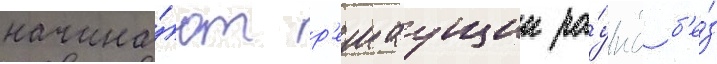
начина́ют р'ешаущии ра́унд б'е́з